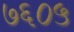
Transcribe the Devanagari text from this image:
७६०५